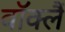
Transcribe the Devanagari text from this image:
वॉक्लैं